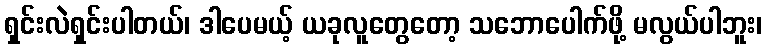
ရှင်းလဲရှင်းပါတယ်၊ ဒါပေမယ့် ယခုလူတွေတော့ သဘောပေါက်ဖို့ မလွယ်ပါဘူး၊